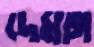
দেমাগ